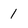
Character: 1